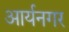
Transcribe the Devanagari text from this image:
आर्यनगर